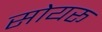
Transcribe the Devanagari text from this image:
सोयरू